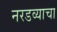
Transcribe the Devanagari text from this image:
नरडव्याचा